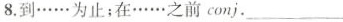
8.到……为止；在……之前conj.___